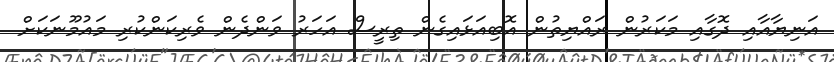
އަނިޔާއާއި ދޮގާއި މަކަރުން ރައްޔިތުން އޮބިއަޅައިގެން ތިރީސް އަހަރު ވަންދެން ވެރިކަންކުރި މައުމޫނަކަށް